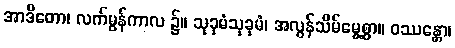
အာဒိတော၊ လက်မွန်ကာလ ၌။ သုခုမံသုခုမံ၊ အလွန်သိမ်မွေ့စွာ။ ဝဿန္တော၊